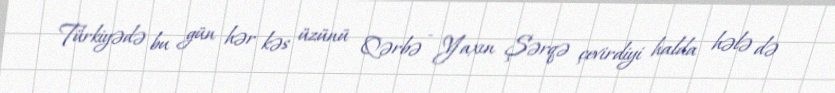
Türkiyədə bu gün hər kəs üzünü Qərbə - Yaxın Şərqə çevirdiyi halda hələ də